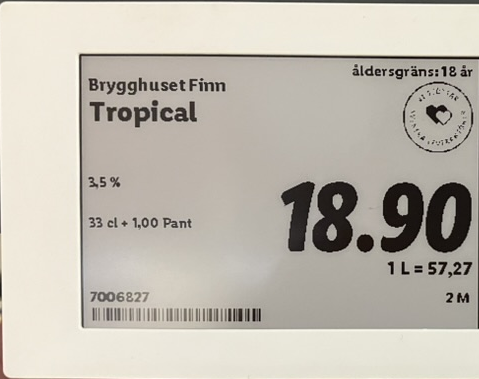
Vara: Tropical
Genomsnittspris: 57.27 per L